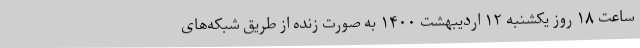
ساعت ۱۸ روز یکشنبه ۱۲ اردیبهشت ۱۴۰۰ به صورت زنده از طریق شبکه‌های